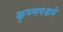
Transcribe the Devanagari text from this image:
कृष्णपक्षमे